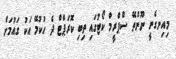
މިއިނގެނީ ނޫންތޭ ސްޕްރީމް ކޯޓުގައި ތިބި ކޮރަޕްޓް ދެ ހުކުމޭ އަކު ގައުމަށް